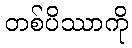
တစ်ပိဿာကို